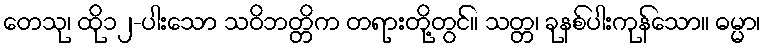
တေသု၊ ထို၁၂-ပါးသော သဝိဘတ္တိက တရားတို့တွင်။ သတ္တ၊ ခုနစ်ပါးကုန်သော။ ဓမ္မာ၊